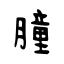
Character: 膧